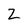
Character: 2